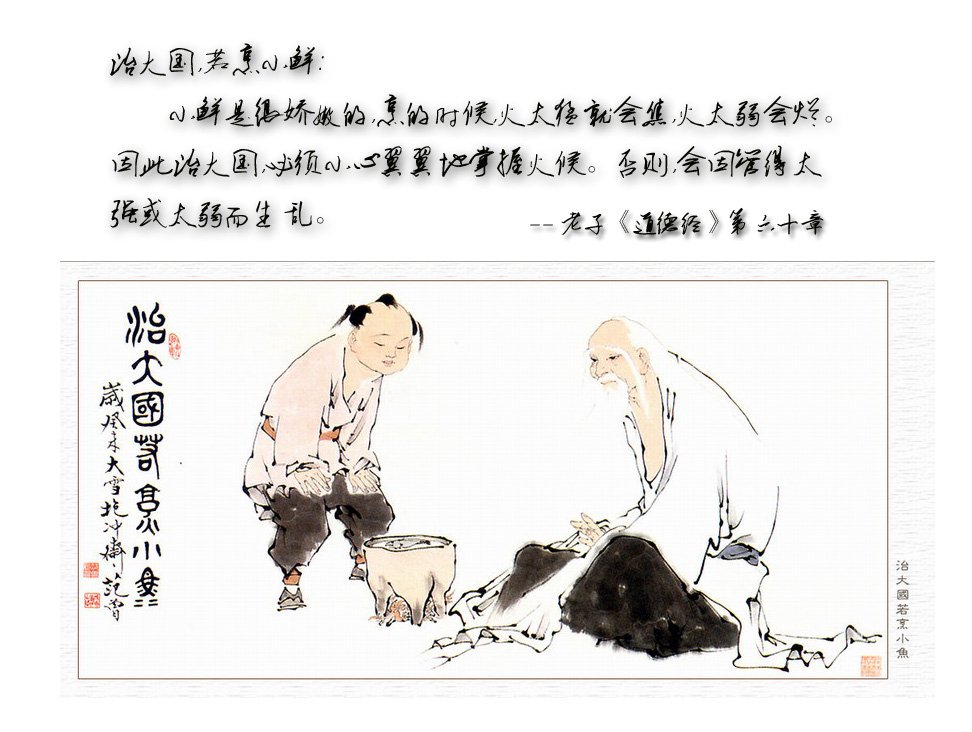
故大国之攻小国也，是交相贼也，过必反于国。